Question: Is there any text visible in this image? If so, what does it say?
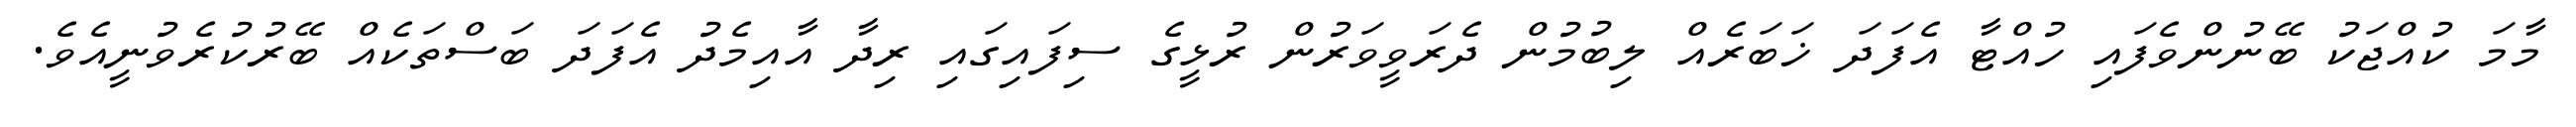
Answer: މާމަ ކުއްޖަކު ބޭނުންވެފައި ހުއްޓާ އެފަދަ ޚަބަރެއް ލިބުމުން ދެރަވީވަރުން ރުޅީގެ ސިފައިގައި ރިދާ އާއިމެދު އެފަދަ ބަސްތަކެއް ބޭރުކުރެވުނީއެވެ.